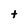
Character: t